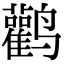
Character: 鹳